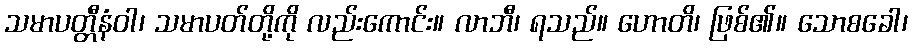
သမာပတ္တီနံဝါ၊ သမာပတ်တို့ကို လည်းကောင်း။ လာဘီ၊ ရသည်။ ဟောတိ၊ ဖြစ်၏။ သောစခေါ၊